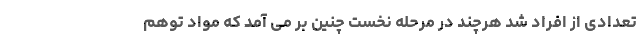
تعدادی از افراد شد هرچند در مرحله نخست چنین بر می آمد که مواد توهم